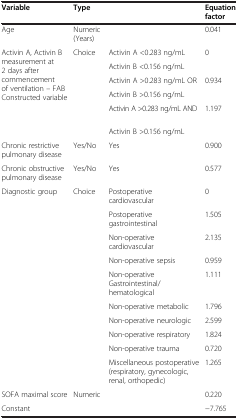
<table><thead><tr><td><b>Variable</b></td><td><b>Type</b></td><td><b> </b></td><td><b>Equation factor</b></td></tr></thead><tbody><tr><td>Age</td><td>Numeric (Years)</td><td> </td><td>0.041</td></tr><tr><td rowspan="6">Activin A, Activin B measurement at 2 days after commencement of ventilation – FAB Constructed variable</td><td rowspan="2">Choice</td><td>Activin A &lt;0.283 ng/mL</td><td rowspan="2">0</td></tr><tr><td>Activin B &lt;0.156 ng/mL</td></tr><tr><td rowspan="2"> </td><td>Activin A &gt;0.283 ng/mL OR</td><td rowspan="2">0.934</td></tr><tr><td>Activin B &gt;0.156 ng/mL</td></tr><tr><td rowspan="2"> </td><td>Activin A &gt;0.283 ng/mL AND</td><td rowspan="2">1.197</td></tr><tr><td>Activin B &gt;0.156 ng/mL</td></tr><tr><td>Chronic restrictive pulmonary disease</td><td>Yes/No</td><td>Yes</td><td>0.900</td></tr><tr><td>Chronic obstructive pulmonary disease</td><td>Yes/No</td><td>Yes</td><td>0.577</td></tr><tr><td>Diagnostic group</td><td>Choice</td><td>Postoperative cardiovascular</td><td>0</td></tr><tr><td> </td><td> </td><td>Postoperative gastrointestinal</td><td>1.505</td></tr><tr><td> </td><td> </td><td>Non-operative cardiovascular</td><td>2.135</td></tr><tr><td> </td><td> </td><td>Non-operative sepsis</td><td>0.959</td></tr><tr><td> </td><td> </td><td>Non-operative Gastrointestinal/hematological</td><td>1.111</td></tr><tr><td> </td><td> </td><td>Non-operative metabolic</td><td>1.796</td></tr><tr><td> </td><td> </td><td>Non-operative neurologic</td><td>2.599</td></tr><tr><td> </td><td> </td><td>Non-operative respiratory</td><td>1.824</td></tr><tr><td> </td><td> </td><td>Non-operative trauma</td><td>0.720</td></tr><tr><td> </td><td> </td><td>Miscellaneous postoperative (respiratory, gynecologic, renal, orthopedic)</td><td>1.265</td></tr><tr><td>SOFA maximal score</td><td>Numeric</td><td> </td><td>0.220</td></tr><tr><td>Constant</td><td> </td><td> </td><td>-7.765</td></tr></tbody></table>